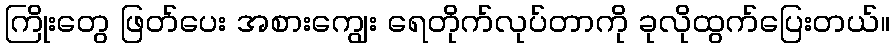
ကြိုးတွေ ဖြတ်ပေး အစားကျွေး ရေတိုက်လုပ်တာကို ခုလိုထွက်ပြေးတယ်။